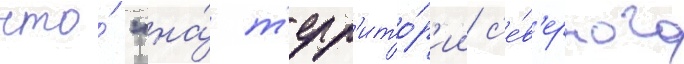
что́ "на́ т'ерр'ито́р'ии с'е́в'ерного